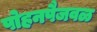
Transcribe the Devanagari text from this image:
पोहनपैजवळ